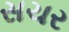
સચર